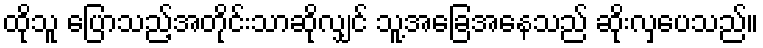
ထိုသူ ပြောသည့်အတိုင်းသာဆိုလျှင် သူ့အခြေအနေသည် ဆိုးလှပေသည်။